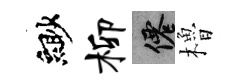
緲柳仙櫓